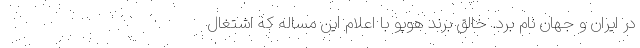
در ایران و جهان نام برد. خالق برند هوپو با اعلام این مساله که اشتغال